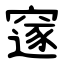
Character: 䆳